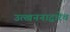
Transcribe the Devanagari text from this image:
उत्खननाद्वारेच